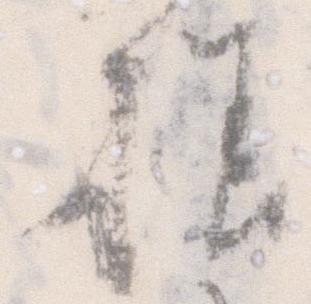
様